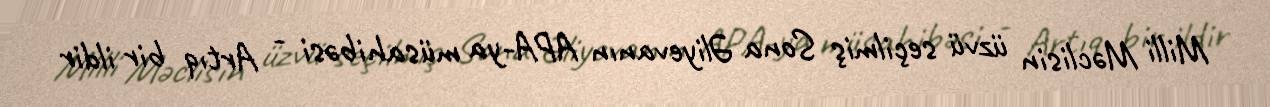
Milli Məclisin üzvü seçilmiş Sona Əliyevanın APA-ya müsahibəsi - Artıq bir ildir